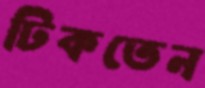
ঢিকতেন